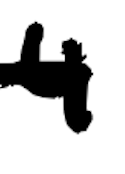
Text: 4
Cross-out: mix
Writing tool: digital_black